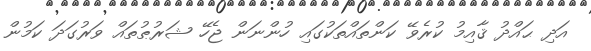
އަދި ޙައްދު ޤާއިމު ކުރެވޭ ކަންތައްތަކުގައި ހުންނަން ޖެހޭ ޝަރުޠުތައް ވަރުގަދަ ކަމުން